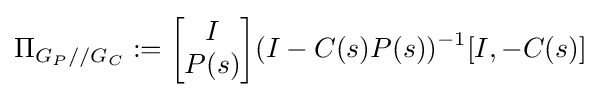
\Pi _{G_{P}//G_{C}}:={\begin{bmatrix}I\\P(s)\end{bmatrix}}(I-C(s)P(s))^{-1}[I,-C(s)]